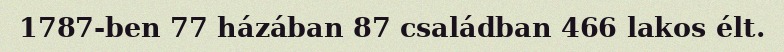
1787-ben 77 házában 87 családban 466 lakos élt.